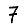
Digit: 7